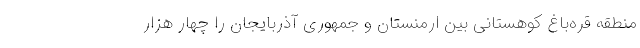
منطقه قره‌باغ کوهستانی بین ارمنستان و جمهوری آذربایجان را چهار هزار